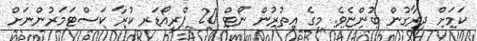
ކަަަމަށް ދިރާގުން ބުންޏެވެ. މީގެ އިތުރުން ނޯޓް 20 ޕްރީއޯޑަރ ކުރާ ކަސްޓަމަރުންނަށް